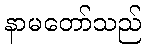
နာမတော်သည်